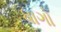
ધાગો